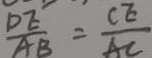
\frac { D E } { A B } = \frac { C E } { A C }